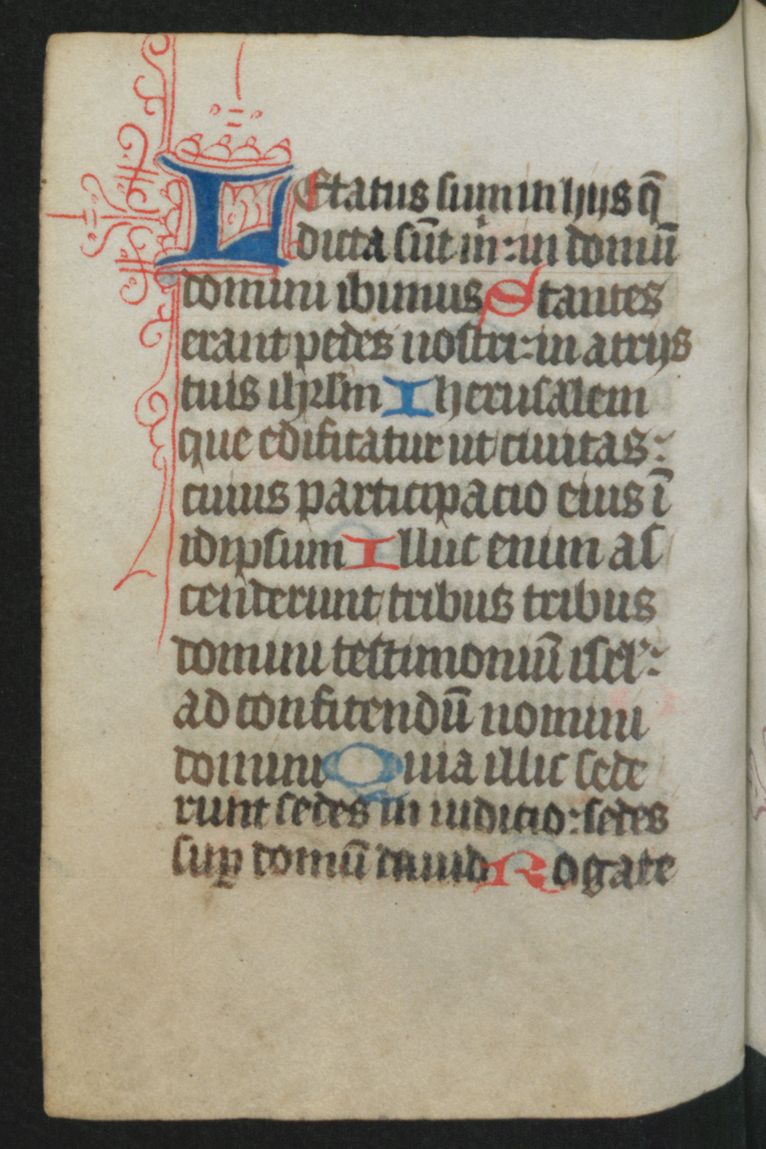
Shelfmark: Berlin, Staatsbibliothek, Hdschr. 25
Century: 15